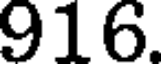
916.